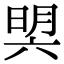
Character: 𣇴